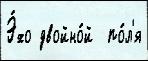
Э́хо двойно́й  по́л'я